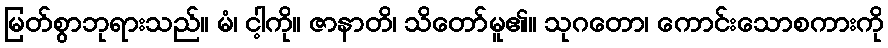
မြတ်စွာဘုရားသည်။ မံ၊ ငါ့ကို။ ဇာနာတိ၊ သိတော်မူ၏။ သုဂတော၊ ကောင်းသောစကားကို